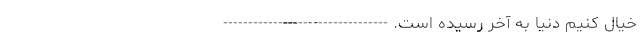
خیال کنیم دنیا به آخر رسیده است. ---------------------------------